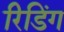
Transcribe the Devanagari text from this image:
रिडिंग